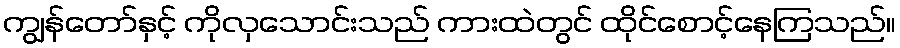
ကျွန်တော်နှင့် ကိုလှသောင်းသည် ကားထဲတွင် ထိုင်စောင့်နေကြသည်။